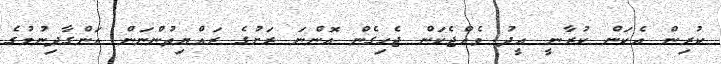
ކުރިން އެކަން ކުރާނީ އީދު ވެއްޖެކަން ޖެހިގެން އޮންނަ ރަށުގެ ރައްޔިތުންނަން އަންގާދިނުމުގެ